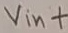
Text: Vin+